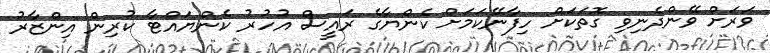
ވަރަށް ވޭންދެނިވި ގޮތަކަށް ހިފާނޭކަމަށް ކެންޔާގެ ރައީސް އުހުރު ކެންޔައްޓާ ކުރިން އިންޒާރު